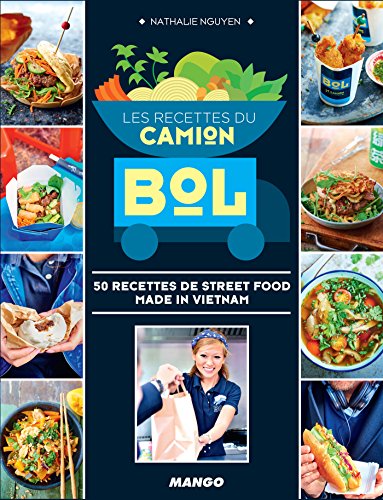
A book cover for Les recettes du Camion Bol (hors collection cuisine) (French Edition); Nathalie Nguyen; Cookbooks, Food & Wine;